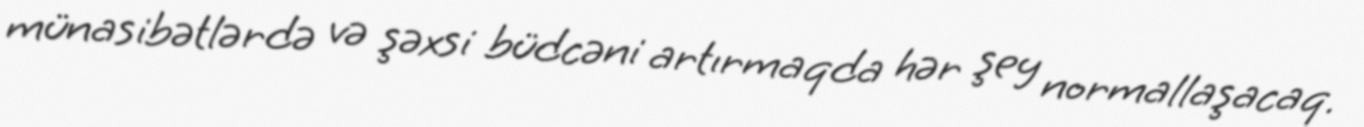
münasibətlərdə və şəxsi büdcəni artırmaqda hər şey normallaşacaq.